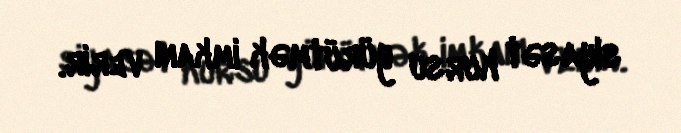
siyasət kursu yürütmək imkanı verir.